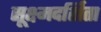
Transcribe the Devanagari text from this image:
सूक्ष्मदर्शिता